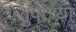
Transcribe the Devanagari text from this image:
बुवाच्या